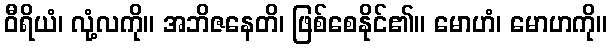
ဝီရိယံ၊ လုံ့လကို။ အဘိဇနေတိ၊ ဖြစ်စေနိုင်၏။ မောဟံ၊ မောဟကို။